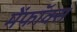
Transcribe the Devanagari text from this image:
मेंफॉक्स